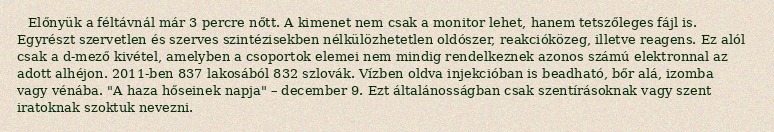
Előnyük a féltávnál már 3 percre nőtt. A kimenet nem csak a monitor lehet, hanem tetszőleges fájl is. Egyrészt szervetlen és szerves szintézisekben nélkülözhetetlen oldószer, reakcióközeg, illetve reagens. Ez alól csak a d-mező kivétel, amelyben a csoportok elemei nem mindig rendelkeznek azonos számú elektronnal az adott alhéjon. 2011-ben 837 lakosából 832 szlovák. Vízben oldva injekcióban is beadható, bőr alá, izomba vagy vénába. "A haza hőseinek napja" – december 9. Ezt általánosságban csak szentírásoknak vagy szent iratoknak szoktuk nevezni.